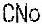
CNO